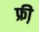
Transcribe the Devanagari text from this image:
फ्री़